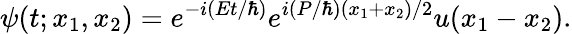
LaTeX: \psi(t;x_{1},x_{2})=e^{-i({Et}/{\hbar})}e^{i({P}/{\hbar}){(x_{1}+x_{2})}/{2}}u(x_{1}-x_{2}).